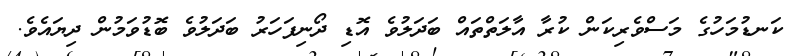
ކަނޑުމަހުގެ މަސްވެރިކަން ކުރާ އާލަތްތައް ބަދަލުވެ އޮޑި ދޯނިފަހަރު ބަދަލުވެ ބޮޑުވަމުން ދިޔައެވެ.